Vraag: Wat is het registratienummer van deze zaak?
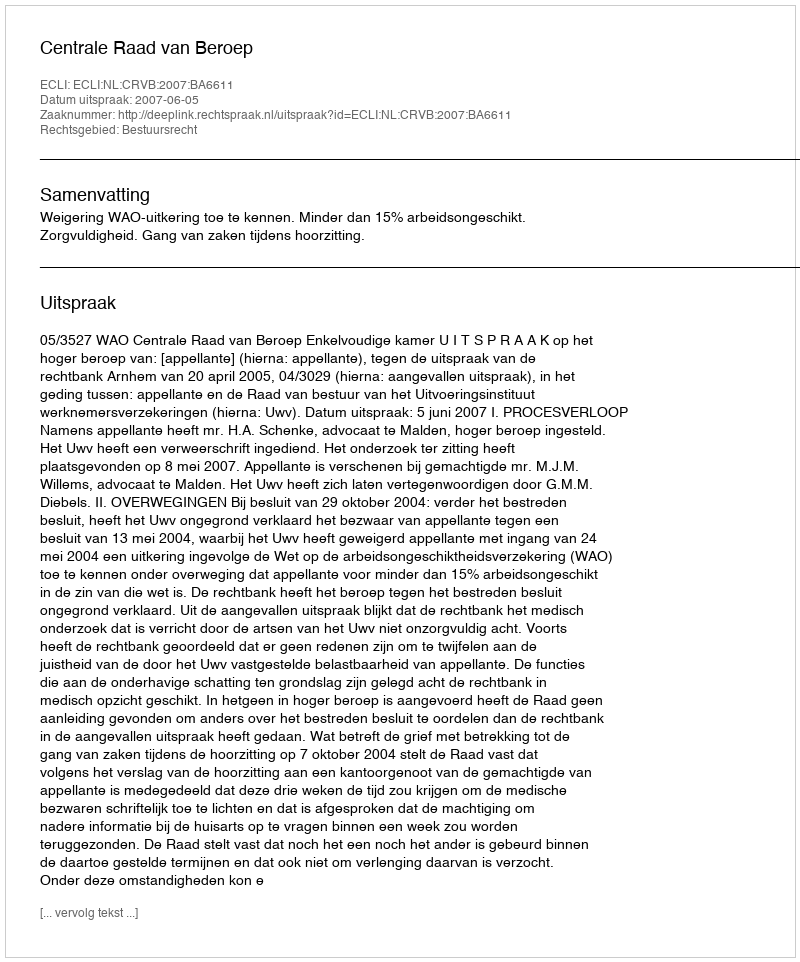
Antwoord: http://deeplink.rechtspraak.nl/uitspraak?id=ECLI:NL:CRVB:2007:BA6611